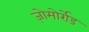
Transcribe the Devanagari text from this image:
ज़ोमोर्रोड